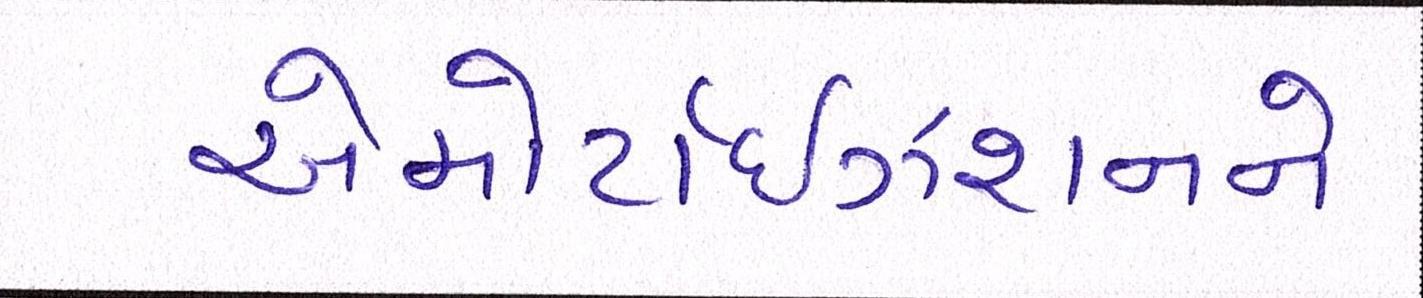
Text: એમોર્ટાઇઝેશનને